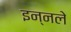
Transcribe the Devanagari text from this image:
इन्नले